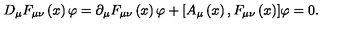
D _ { \mu } F _ { \mu \nu } \left( x \right) { \varphi } = \partial _ { \mu } F _ { \mu \nu } \left( x \right) { \varphi } + [ A _ { \mu } \left( x \right) , F _ { \mu \nu } \left( x \right) ] { \varphi } = 0 .